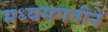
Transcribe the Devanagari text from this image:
मध्यमगतीने